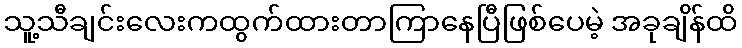
သူ့သီချင်းလေးကထွက်ထားတာကြာနေပြီဖြစ်ပေမဲ့ အခုချိန်ထိ